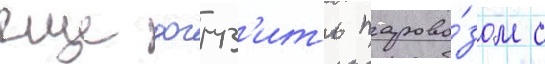
еще догруз'ить парово́зом с